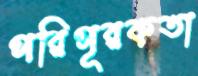
পরিপূরকতা